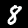
Label: 8